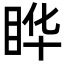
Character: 𬑓